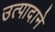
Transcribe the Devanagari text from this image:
उत्पादाने